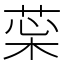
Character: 𦲜